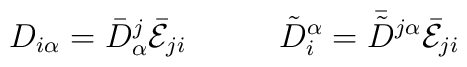
\begin{array}{cc}D_{i\alpha}=\bar{D}^{j}_{\alpha}\bar{\cal E}_{ji}~~~&~~~\tilde{D}_{i}^{\alpha}=\bar{\tilde{D}}{}^{j\alpha}\bar{\cal E}_{ji}\end{array}